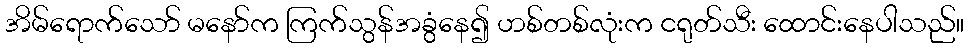
အိမ်ရောက်သော် မနော်က ကြက်သွန်အခွံနေ၍ ဟစ်တစ်လုံးက ငရုတ်သီး ထောင်းနေပါသည်။